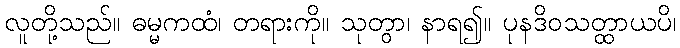
လူတို့သည်။ ဓမ္မကထံ၊ တရားကို။ သုတွာ၊ နာရ၍။ ပုနဒိဝသတ္ထာယပိ၊